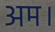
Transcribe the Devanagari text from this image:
अम।